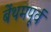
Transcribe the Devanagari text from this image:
बेंथमपूर्व